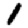
Digit: 1